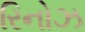
રિનોઝ